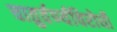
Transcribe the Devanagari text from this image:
चातुर्वर्ण्यविरोधी